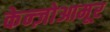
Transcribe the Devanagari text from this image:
केन्ज़ोआमूर